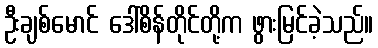
ဦးချစ်မောင် ဒေါ်စိန်တိုင်တို့က ဖွားမြင်ခဲ့သည်။